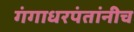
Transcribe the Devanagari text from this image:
गंगाधरपंतांनीच